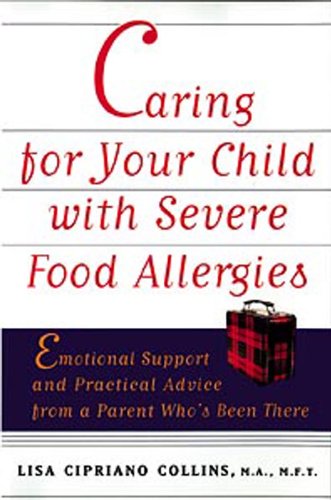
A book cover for Caring for Your Child with Severe Food Allergies: Emotional Support and Practical Advice from a Parent Who's Been There; Lisa  Cipriano Collins; Health, Fitness & Dieting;